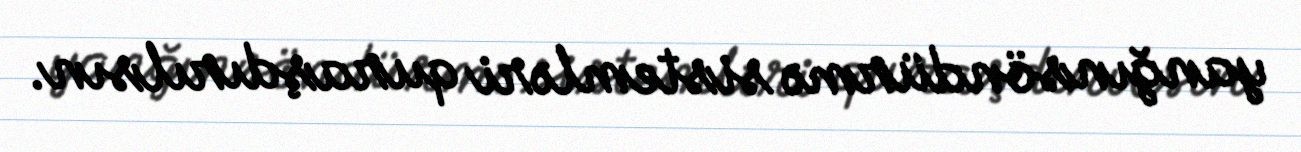
yanğınsöndürmə sistemləri quraşdırılsın.